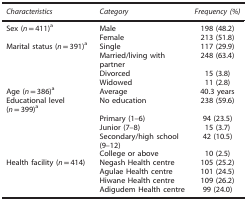
<table><thead><tr><td><b><i>Characteristics</i></b></td><td><b><i>Category</i></b></td><td><b><i>Frequency (%)</i></b></td></tr></thead><tbody><tr><td>Sex (<i>n</i>=411)a</td><td>Male</td><td>198 (48.2)</td></tr><tr><td> </td><td>Female</td><td>213 (51.8)</td></tr><tr><td>Marital status (<i>n</i>=391)a</td><td>Single</td><td>117 (29.9)</td></tr><tr><td> </td><td>Married/living with partner</td><td>248 (63.4)</td></tr><tr><td> </td><td>Divorced</td><td>15 (3.8)</td></tr><tr><td> </td><td>Widowed</td><td>11 (2.8)</td></tr><tr><td>Age (<i>n</i>=386)a</td><td>Average</td><td>40.3 years</td></tr><tr><td>Educational level (<i>n</i>=399)a</td><td>No education</td><td>238 (59.6)</td></tr><tr><td> </td><td>Primary (1–6)</td><td>94 (23.5)</td></tr><tr><td> </td><td>Junior (7–8)</td><td>15 (3.7)</td></tr><tr><td> </td><td>Secondary/high school (9–12)</td><td>42 (10.5)</td></tr><tr><td> </td><td>College or above</td><td>10 (2.5)</td></tr><tr><td>Health facility (<i>n</i>=414)</td><td>Negash Health centre</td><td>105 (25.2)</td></tr><tr><td> </td><td>Agulae Health centre</td><td>101 (24.5)</td></tr><tr><td> </td><td>Hiwane Health centre</td><td>109 (26.2)</td></tr><tr><td> </td><td>Adigudem Health centre</td><td>99 (24.0)</td></tr></tbody></table>